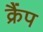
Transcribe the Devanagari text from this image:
क्रैंप